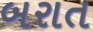
બરાત